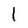
Character: l